Lunatic asylums in Bengal annual reports 1899-1911 - 1899-1911
Year: 1899
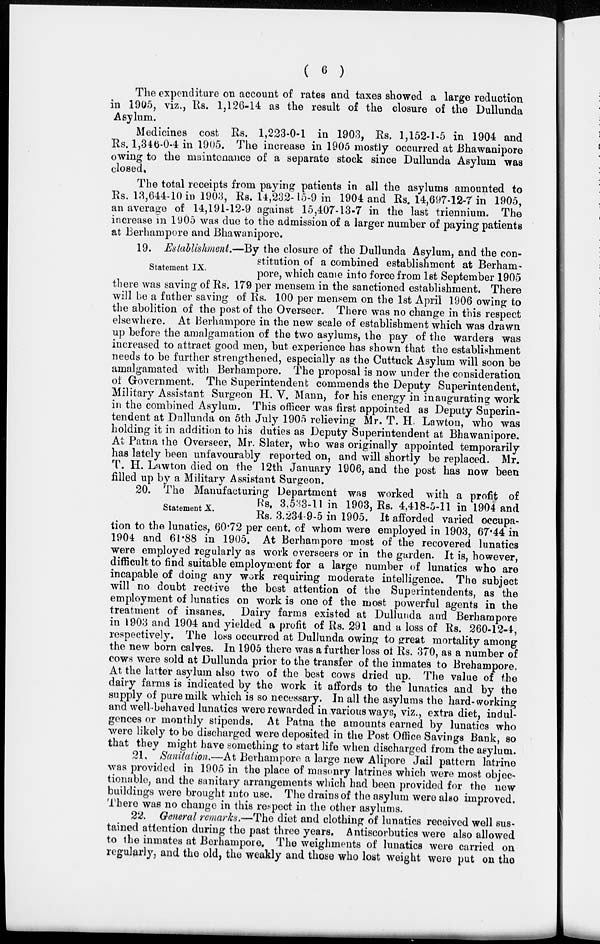
( 6 )
The expenditure on account of rates and taxes showed a large reduction
in 1905, viz., Rs. 1,126-14 as the result of the closure of the Dullunda
Asylum.
Medicines cost Rs. 1,223-0-1 in 1903, Rs. 1,152-1-5 in 1904 and
Rs. 1,346-0-4 in 1905. The increase in 1905 mostly occurred at Bhawanipore
owing to the maintenance of a separate stock since Dullunda Asylum was
closed.
The total receipts from paying patients in all the asylums amounted to
Rs. 13,644-10 in 1903, Rs. 14,232-15-9 in 1904 and Rs. 14,697-12-7 in 1905,
an average of 14,191-12-9 against 15,407-13-7 in the last triennium. The
increase in 1905 was due to the admission of a larger number of paying patients
at Berhampore and Bhawanipore.
Statement IX.
19. Establishment.—By the closure of the Dullunda Asylum, and the con-
stitution of a combined establishment at Berham-
pore, which came into force from 1st September 1905
there was saving of Rs. 179 per mensem in the sanctioned establishment. There
will be a futher saving of Rs. 100 per mensem on the 1st April 1906 owing to
the abolition of the post of the Overseer. There was no change in this respect
elsewhere. At Berhampore in the new scale of establishment which was drawn
up before the amalgamation of the two asylums, the pay of the warders was
increased to attract good men, but experience has shown that the establishment
needs to be further strengthened, especially as the Cuttuck Asylum will soon be
amalgamated with Berhampore. The proposal is now under the consideration
of Government. The Superintendent commends the Deputy Superintendent,
Military Assistant Surgeon H. V. Mann, for his energy in inaugurating work
in the combined Asylum. This officer was first appointed as Deputy Superin-
tendent at Dullunda on 5th July 1905 relieving Mr. T. H. Lawton, who was
holding it in addition to his duties as Deputy Superintendent at Bhawanipore.
At Patna the Overseer, Mr. Slater, who was originally appointed temporarily
has lately been unfavourably reported on, and will shortly be replaced. Mr.
T. H. Lawton died on the 12th January 1906, and the post has now been
filled up by a Military Assistant Surgeon.
Statement X.
20. The Manufacturing Department was worked with a profit of
Rs. 3,533-11 in 1903, Rs. 4,418-5-11 in 1904 and
Rs. 3.234-9-5 in 1905. It afforded varied occupa-
tion to the lunatics, 60.72 per cent. of whom were employed in 1903, 67.44 in
1904 and 61.88 in 1905. At Berhampore most of the recovered lunatics
were employed regularly as work overseers or in the garden. It is, however,
difficult to find suitable employment for a large number of lunatics who are
incapable of doing any work requiring moderate intelligence. The subject
will no doubt receive the best attention of the Superintendents, as the
employment of lunatics on work is one of the most powerful agents in the
treatment of insanes. Dairy farms existed at Dullunda and Berhampore
in 1903 and 1904 and yielded a profit of Rs. 291 and a loss of Rs. 260-12-4,
respectively. The loss occurred at Dullunda owing to great mortality among
the new born calves. In 1905 there was a further loss of Rs. 370, as a number of
cows were sold at Dullunda prior to the transfer of the inmates to Brehampore.
At the latter asylum also two of the best cows dried up. The value of the
dairy farms is indicated by the work it affords to the lunatics and by the
supply of pure milk which is so necessary. In all the asylums the hard-working
and well-behaved lunatics were rewarded in various ways, viz., extra diet, indul-
gences or monthly stipends. At Patna the amounts earned by lunatics who
were likely to be discharged were deposited in the Post Office Savings Bank, so
that they might have something to start life when discharged from the asylum.
21. Sanitation.—At Berhampore a large new Alipore Jail pattern latrine
was provided in 1905 in the place of masonry latrines which were most objec-
tionable, and the sanitary arrangements which had been provided for the new
buildings were brought into use. The drains of the asylum were also improved.
There was no change in this respect in the other asylums.
22. General remarks.—The diet and clothing of lunatics received well sus-
tained attention during the past three years. Antiscorbutics were also allowed
to the inmates at Berhampore. The weighments of lunatics were carried on
regularly, and the old, the weakly and those who lost weight were put on the